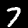
Label: 7